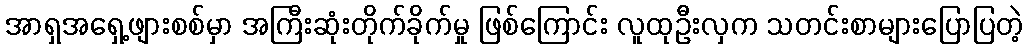
အာရှအရှေ့ဖျားစစ်မှာ အကြီးဆုံးတိုက်ခိုက်မှု ဖြစ်ကြောင်း လူထုဦးလှက သတင်းစာများပြောပြတဲ့